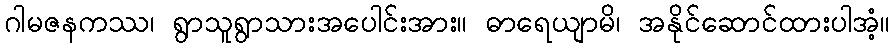
ဂါမဇနကဿ၊ ရွာသူရွာသားအပေါင်းအား။ ဓာရေယျာမိ၊ အနိုင်ဆောင်ထားပါအံ့။